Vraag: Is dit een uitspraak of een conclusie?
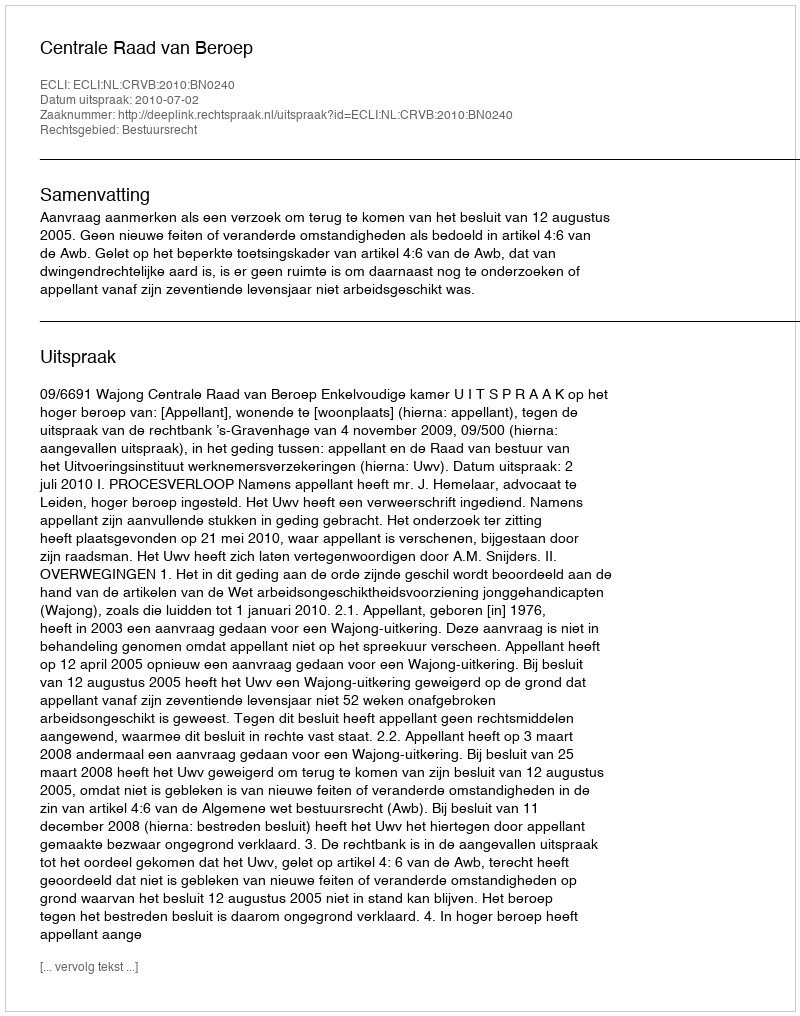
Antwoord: Uitspraak